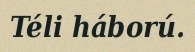
Téli háború.